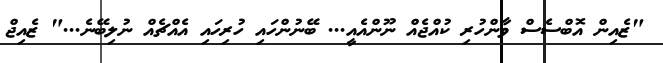
"ޒެއިން އޮބްސެސް ވާންހުރި ކުއްޖެއް ނޫންއެއީ... ބޭނުންހައި ހުރިހައި އެއްޗެއް ނުލިބޭނެ..." ޒެއިޖް